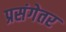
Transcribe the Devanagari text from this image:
प्रसंगेतर